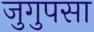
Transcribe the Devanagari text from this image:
जुगुपसा